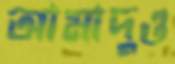
আমাদুও